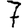
Digit: 7